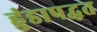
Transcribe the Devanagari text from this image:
हुंडापद्धत